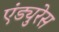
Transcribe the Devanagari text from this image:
एंड्युरेस